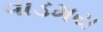
વાડમય